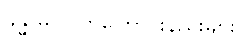
ခန္ဓာမှ လွတ်ကြောင်းနည်းများ